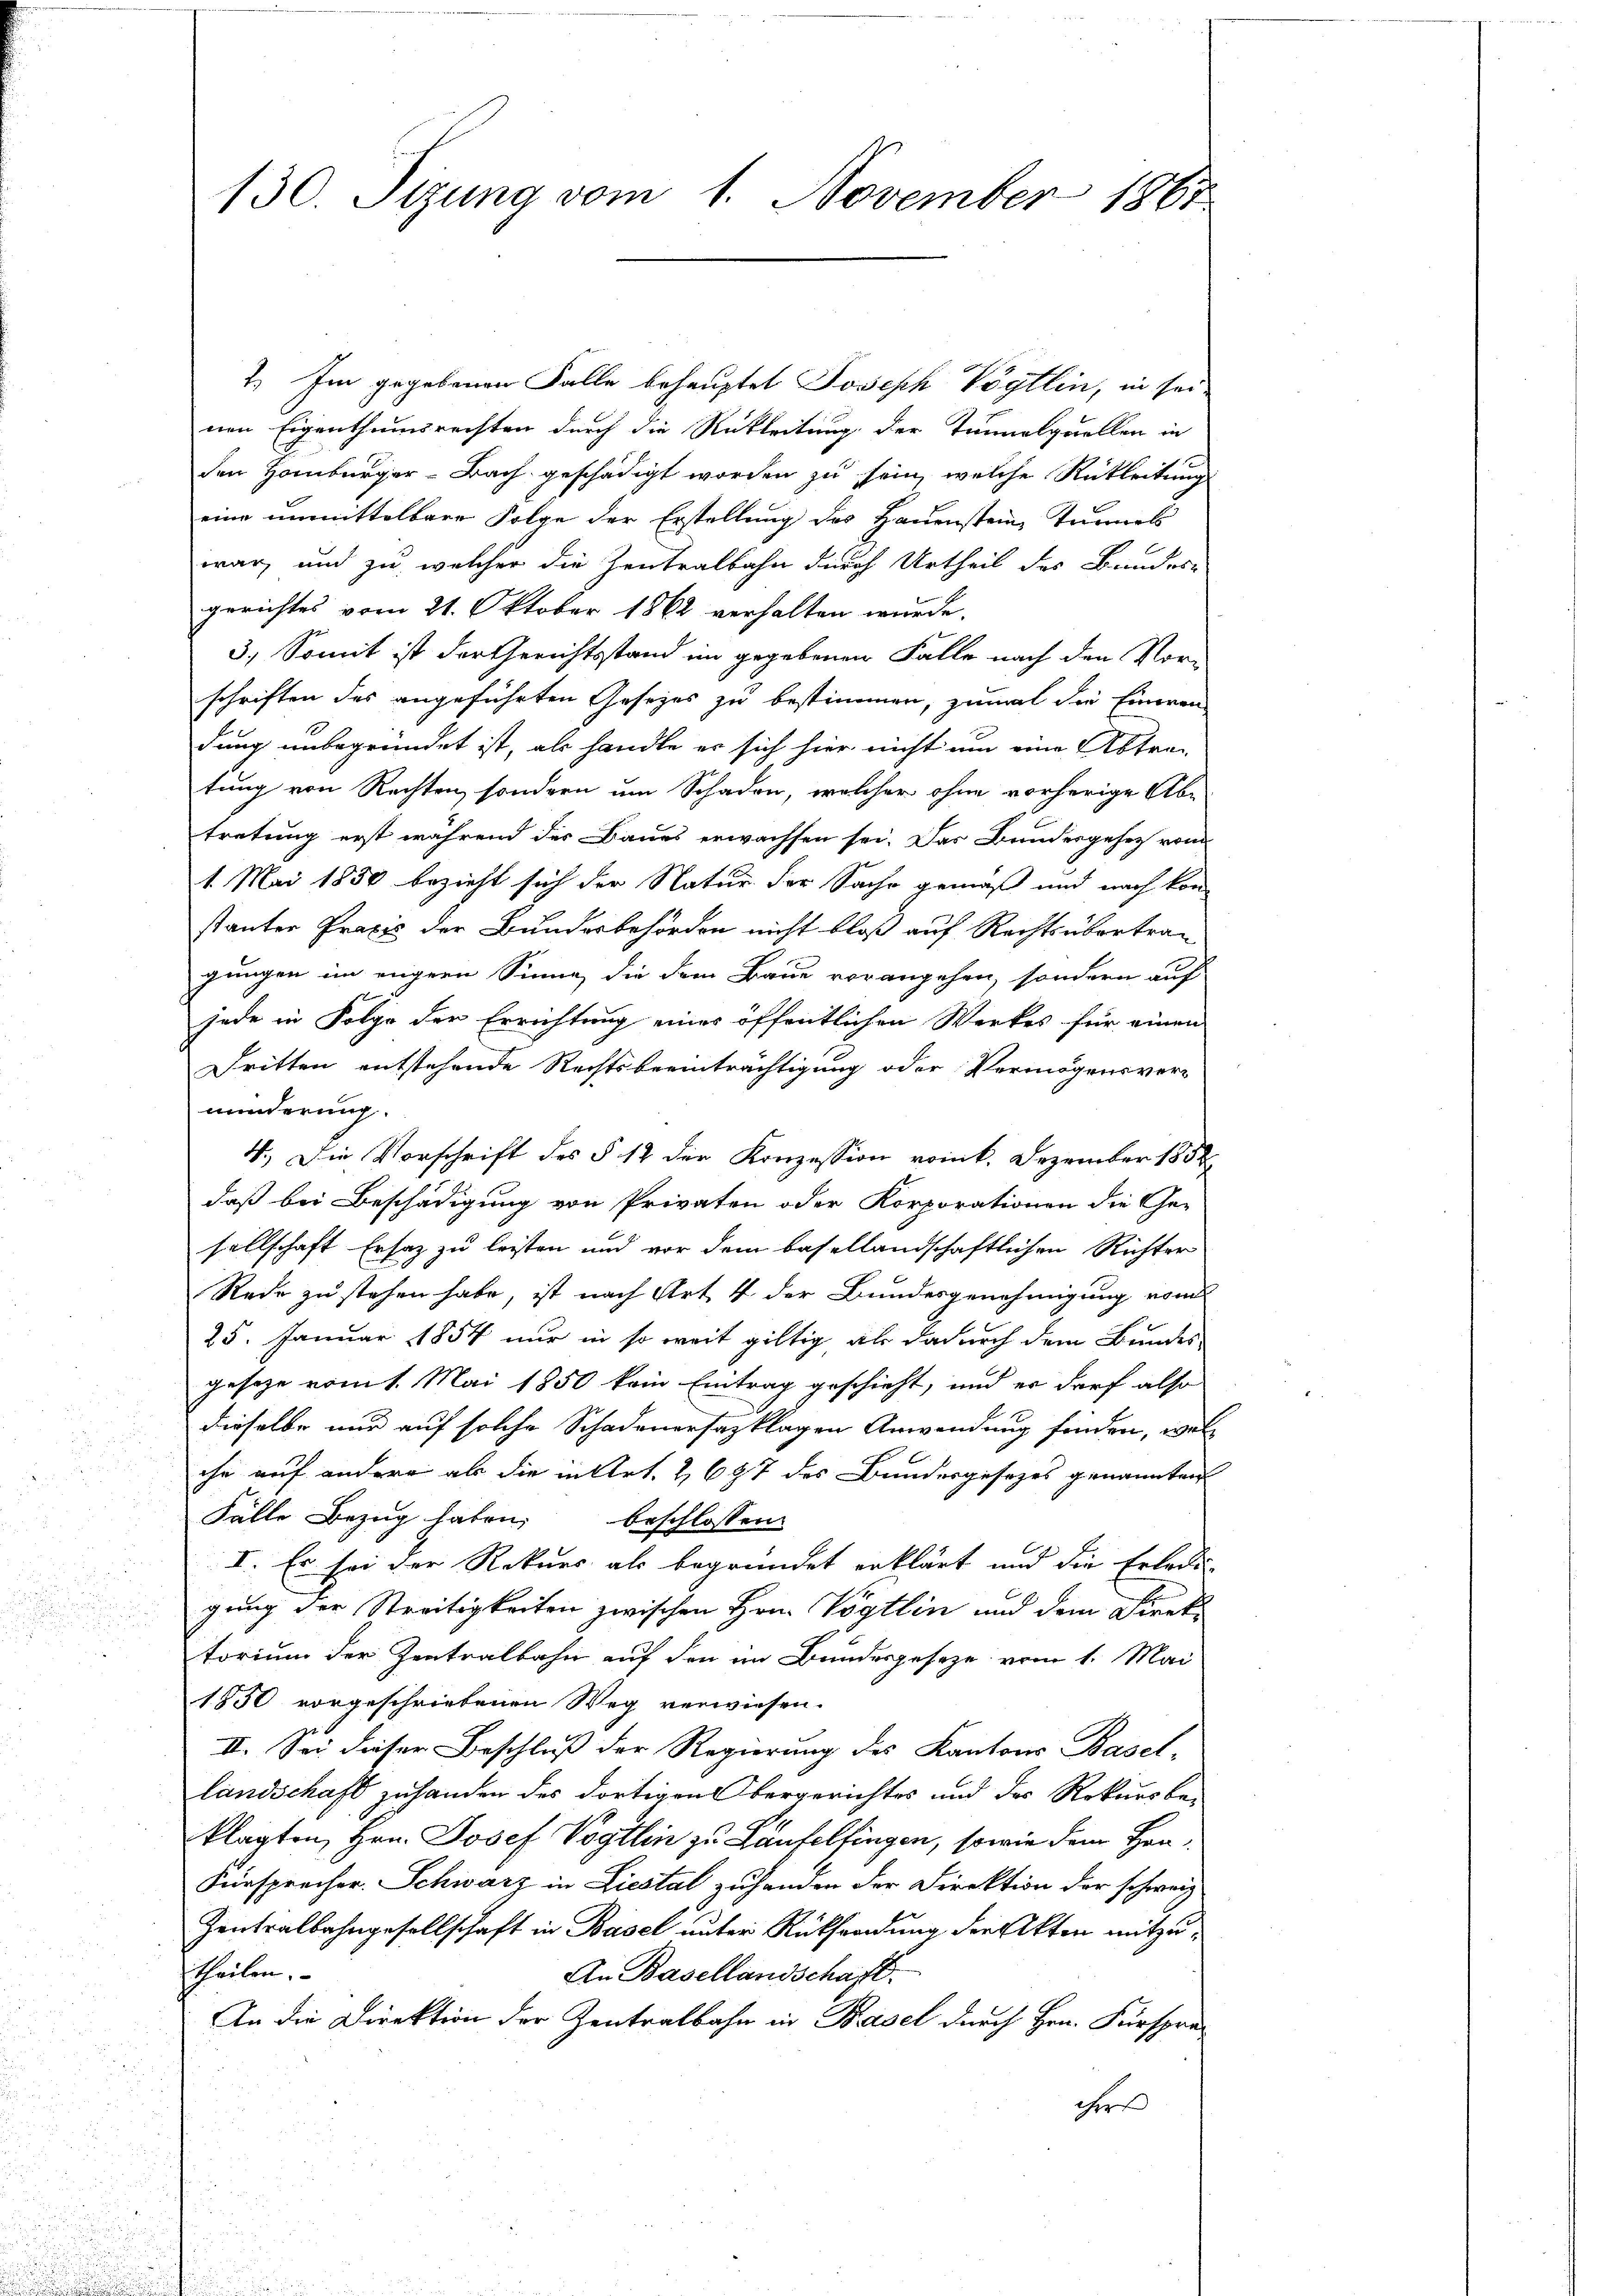
7.) Im gegebenen Falle behauptet Joseph Vögtlin, in seinen Eigenthumsrechten durch die Rekleitung der Tunnelquellen in
den Homburger-Bach geschädigt worden zu sein, welche Rükleitung
eine unmittelbare Folge der Erstellung des Hauenstein Tunnel
war, und zu welcher die Zentralbahn durch Urtheil des Bundes
gerichtes vom 21. Oktober 1862 verhalten wurde.
3. Somit ist der Gerichtsstand im gegebenen Falle nach den Vor-
schriften des angeführten Gesezes zu bestimmen, zumal die Einwendung unbegründet ist, als handle er sich hier nicht um eine Abtra-
tung von Rechten, sondern um Schaden, welcher ohne vorherige Übe
tretung erst während des Baues erwachsen sei. Das Bundesgehez vom
1. Mai 1850 bezieht sich der Natur der Sache gemäß und nach kon
stanter Praxis der Bundesbehörden nicht bloß auf Rechtsübertragungen im eigern Sinne die dem Baue vorangehen, sondern auf
jede in Folge der Errichtung eines öffentlichen Werkes für einen
Dritten entstehende Rechtsbeeinträchtigung oder Vermögensver-
minderung.
4.) Die Vorschrift des § 12 der Konzession vom k. Dezember 1852
daß bei Beschädigung von Privaten oder Korporationen die Ge-
sellschaft Ersatz zu leisten und vor dem basellandschaftlichen Richter
Rede zu stehen habe, ist nach Art. 4 der Bundesgenehmigung vom
25. Januar 1854 nur in so weit giltig als dadurch dem Bundes
geseze vom 1. Mai 1850 kein Eintrag geschieht, und er darf also
dieselbe nur auf solche Schadenersatzklagen Anwendung finden, welche auf andere als die in Art. 2697 des Bundesgesezes genannten
Fälle Bezug haben, beschlossen
I. Es sei der Rekurs als begründet erklärt und die Erledi-
gung der Streitigkeiten zwischen Hrn. Vögtlin und dem Direktorium der Zentralbahn auf den im Bundesgesetze vom 1. Mai
1850 vorgeschriebenen Weg verwiesen.
II. Sei dieser Beschluß der Regierung des Kantons Basel-
landschaft zu handen des dortigen Obergerichtes und des Rekursbe-
klagten, Hrn. Josef Vogtlin zu Laufelfingen, sowie dem Han¬
Fürsprecher. Schwarz in Liestal zu handen der Direktion der schweiz
Zentralbahngesellschaft in Basel unter Rücksendung der Akten mitzutheilen.
An Basellandschaft.
An die Direktion der Zentralbahn in Basel durch Hrn. Fürsprecher

130. Sizung vom 1. November 1861